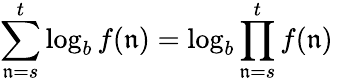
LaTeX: \sum_{\mathfrak{n}=s}^{t}\log_{b}f(\mathfrak{n})=\log_{b}\prod_{\mathfrak{n}=s}^{t}f(\mathfrak{n})\quad